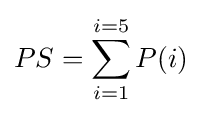
PS=\sum _{i=1}^{i=5}P(i)